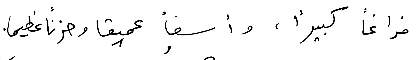
فراغاً كبيراً، وأسفاً عميقا وحزناَ عظيما.